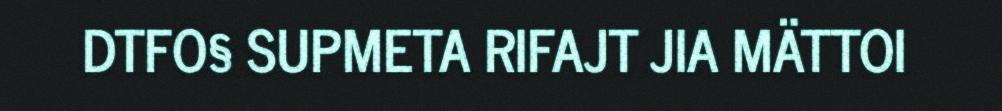
DTFO§ SUPMETA RIFAJT JIA MÄTTOI